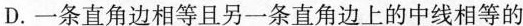
D.一条直角边相等且另一条直角边上的中线相等的